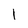
Character: I